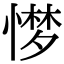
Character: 𢟼